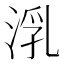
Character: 㳶